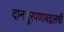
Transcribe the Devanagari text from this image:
दानशूरपणाबद्दलची